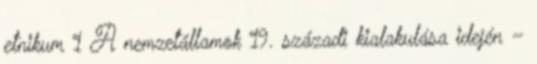
etnikum 1 A nemzetállamok 19. századi kialakulása idején –